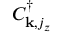
C _ { { \bf k } , j _ { z } } ^ { \dagger }